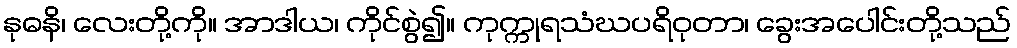
နုဓနိ၊ လေးတို့ကို။ အာဒါယ၊ ကိုင်စွဲ၍။ ကုက္ကုရသံဃပရိဝုတာ၊ ခွေးအပေါင်းတို့သည်